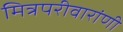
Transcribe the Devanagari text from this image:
मित्रपरीवारांणी